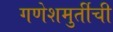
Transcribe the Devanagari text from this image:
गणेशमुर्तीची